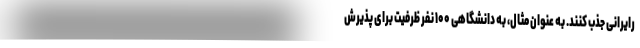
رایرانی جذب کنند. به عنوان مثال، به دانشگاهی ۱۰۰ نفر ظرفیت برای پذیرش